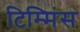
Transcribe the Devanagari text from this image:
टिम्मिंस